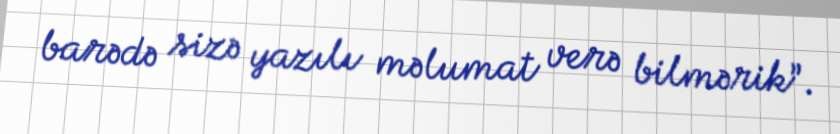
barədə sizə yazılı məlumat verə bilmərik”.